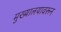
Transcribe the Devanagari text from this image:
मुख्यालयावरून